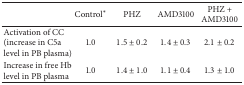
<table><thead><tr><td><b> </b></td><td><b>Control*</b></td><td><b>PHZ</b></td><td><b>AMD3100</b></td><td><b>PHZ + AMD3100</b></td></tr></thead><tbody><tr><td>Activation of CC (increase in C5a level in PB plasma)</td><td>1.0</td><td>1.5 ± 0.2</td><td>1.4 ± 0.3</td><td>2.1 ± 0.2</td></tr><tr><td>Increase in free Hb level in PB plasma</td><td>1.0</td><td>1.4 ± 1.0</td><td>1.1 ± 0.4</td><td>1.3 ± 1.0</td></tr></tbody></table>